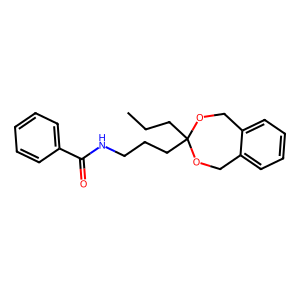
SMILES: CCCC1(CCCNC(=O)c2ccccc2)OCc2ccccc2CO1
Inhibits HIV replication: No